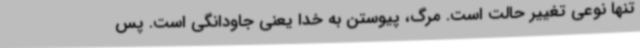
تنها نوعی تغییر حالت است. مرگ، پیوستن به خدا یعنی جاودانگی است. پس